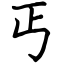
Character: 丐